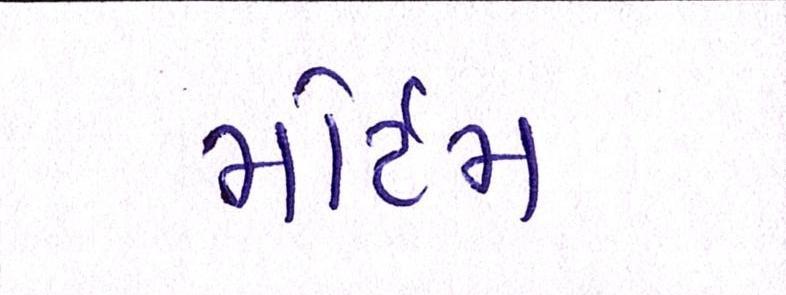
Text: મોર્ટમ